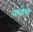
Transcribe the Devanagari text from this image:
न०देशी